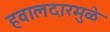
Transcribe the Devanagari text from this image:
हवालदारमुळे